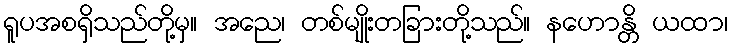
ရူပအစရှိသည်တို့မှ။ အညေ၊ တစ်မျိုးတခြားတို့သည်။ နဟောန္တိ ယထာ၊